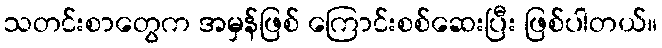
သတင်းစာတွေက အမှန်ဖြစ် ကြောင်းစစ်ဆေးပြီး ဖြစ်ပါတယ်။